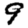
Digit: 9